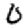
Digit: 0